Civil Veterinary Dept. Bombay admin report 1893-99 - 1893-1899
Year: 1893
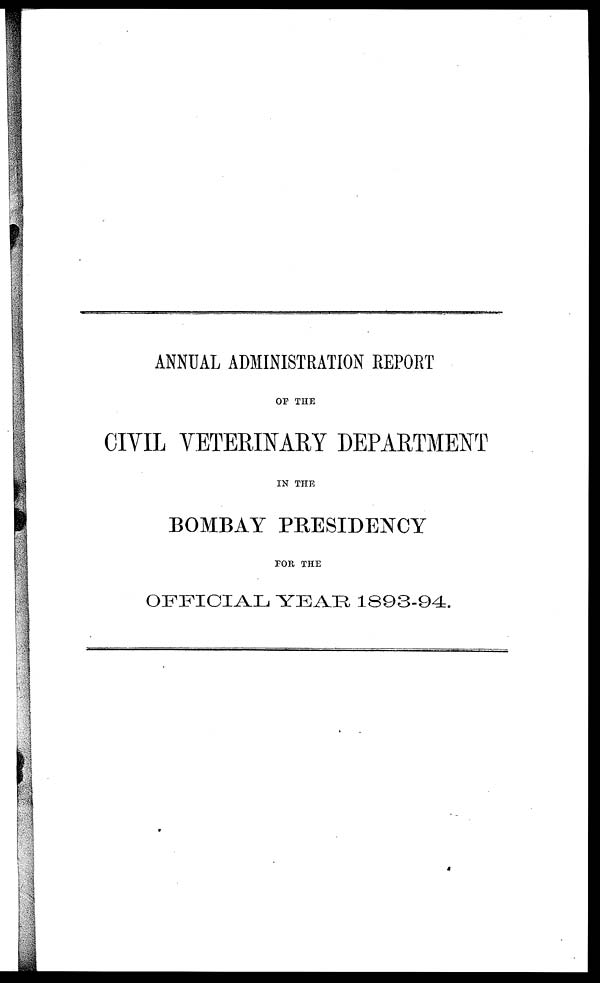
ANNUAL ADMINISTRATION REPORT
OF THE
CIVIL VETERINARY DEPARTMENT
IN THE
BOMBAY PRESIDENCY
FOR THE
OFFICIAL YEAR 1893-94.